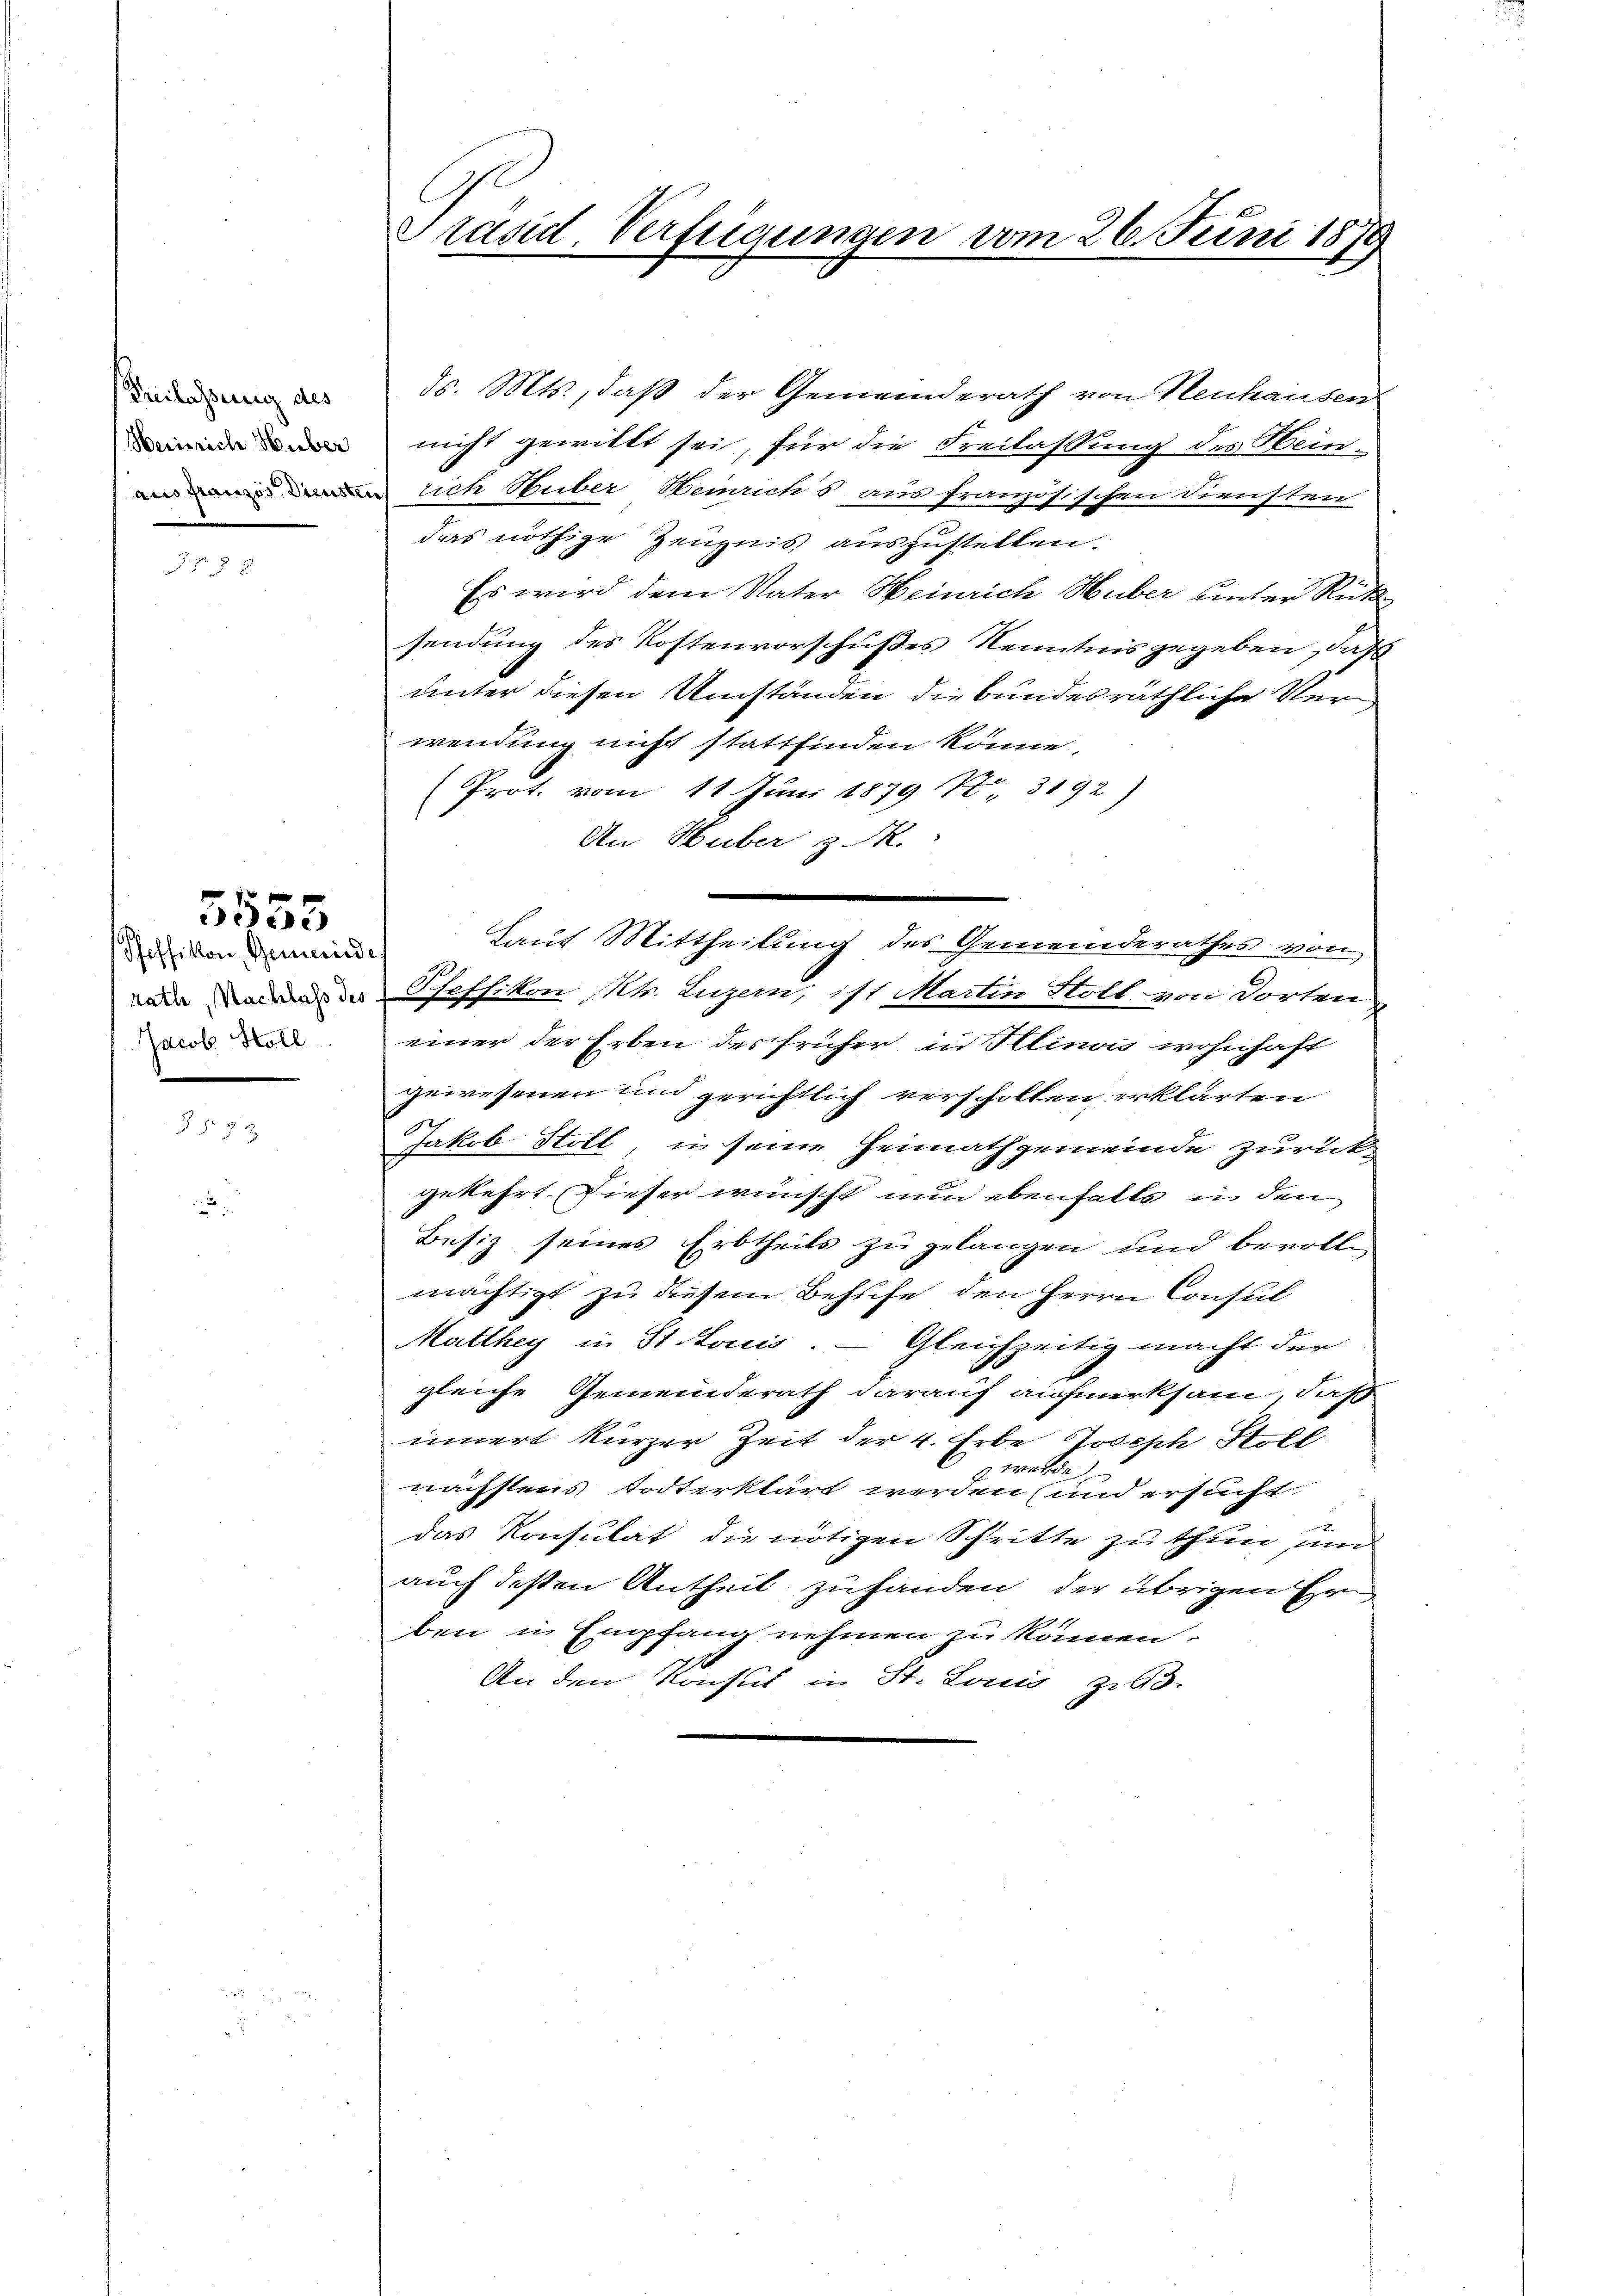
Freilassung des
Heinrich Huber
aus französ. Dienste

5555

Poffikon, Gemeinde
rath, Nachlass des
Jacob Holl

Präsid. Verfügungen vom 26. Juni 1879

ds. Mts., daß der Gemeinderath von Neuhausen
nicht gewillt sei, für die Freilassung des Hein¬
 rich Stuber Heinrichs aus französischen Diensten
das nöthige Zeugnis auszustellen.
Es wird dem Vater Heinrich Huber unter Rück
sendung des Kostenvorschußes Kenntnis gegeben, daß
unter diesen Umständen die bundesräthliche Verwendung nicht stattfinden könne.
Prot. vom 11 Juni 1879 No 3192)
An Huber z. R.
Scheffikon Kts. Luzern, ist Martin Stoll von Dorten
einer der Erben der früher in Illinois wohnhaft
gewesenen und gerichtlich verscholten erklärten
Jakob Stoll, in seine Heimathgemeinde zurück-
gekehrt dieser wünscht nun ebenfalls in den
Besiz seines Erbtheils zu gelangen und bevoll
mächtigt zu diesem Behufe den Herrn Consul
Matthey in St. Louis. — Gleichzeitig macht der
gleiche Gemeinderath darauf aufmerksam, daß
innert kurzer Zeit der 4. Erbe Joseph Stoll
wurde
nächstens todterklärt werden und ersucht
das Konsulat die nötigen Schritte zu thun und
auch dessen Antheil zu handen, der übrigen Er
ben in Empfang nehmen zu können.
An den Konsul in St. Louis zu 3.

Laut Mittheilung des Gemeinderathes von